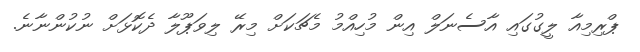
ޕްރިމިއާ ލީގުގައި އާސެނަލް އިން މުހިއްމު މެޗަކަށް މިރޭ ލިވަޕޫލާ ދެކޮޅަށް ނުކުންނާނެ.